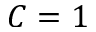
C = 1